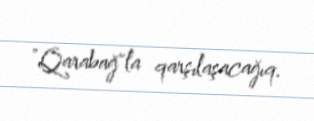
"Qarabağ"la qarşılaşacağıq.